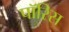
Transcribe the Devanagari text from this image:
पॉरिस